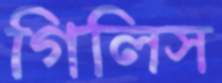
গিলিস